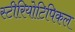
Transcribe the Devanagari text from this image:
स्टीरियोटिपिकल